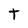
Character: t